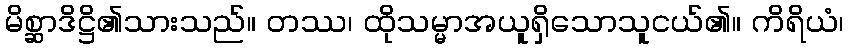
မိစ္ဆာဒိဋ္ဌိ၏သားသည်။ တဿ၊ ထိုသမ္မာအယူရှိသောသူငယ်၏။ ကိရိယံ၊